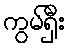
ကွမ်ရှီး